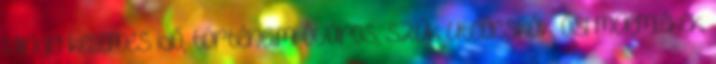
Mindig kellemes idő, történelmi óváros, szűk utcácskák, ősi műemlékek,